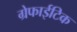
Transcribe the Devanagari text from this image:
ग्रेफाईटिक